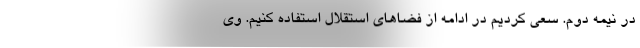
در نیمه دوم. سعی کردیم در ادامه از فضاهای استقلال استفاده کنیم. وی